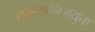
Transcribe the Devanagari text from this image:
लोहखनिजयुक्त